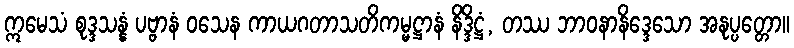
ဣမေသံ စုဒ္ဒသန္နံ ပဗ္ဗာနံ ဝသေန ကာယဂတာသတိကမ္မဋ္ဌာနံ နိဒ္ဒိဋ္ဌံ, တဿ ဘာဝနာနိဒ္ဒေသော အနုပ္ပတ္တော။